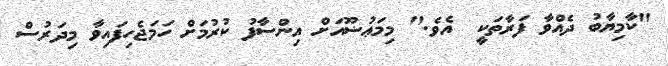
"ކާމިޔާބު ދެއްވާ ފަރާތަކީ  އެވެ." މިމަޢުޟޫއަށް އިންސާފު ކުރުމަށް ހަމަޖެހިފައިވާ މިދަރުސް